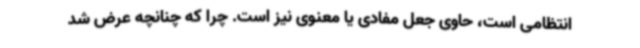
انتظامی است، حاوی جعل مفادی یا معنوی نیز است. چرا که چنانچه عرض شد